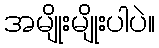
အမျိုးမျိုးပါပဲ။